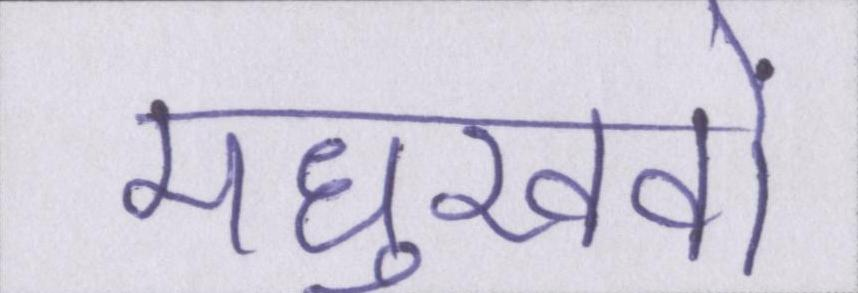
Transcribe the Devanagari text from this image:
मधुखवों